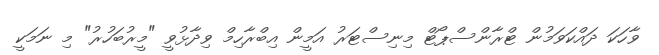
ވާހަކަ ދައްކަވަމުން ޓްރާންސްޕޯޓް މިނިސްޓަރު އަމީން އިބްރާހިމް ވިދާޅުވީ "މީރުބަހުރު" މި ނަމަކީ